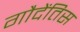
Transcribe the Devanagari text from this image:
गौदेंतिस